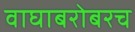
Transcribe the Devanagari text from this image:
वाघाबरोबरच